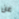
عن